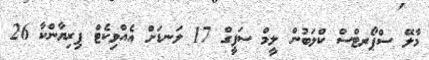
މާލޭ ސްޕޯރޓްސް ކްލަބުން ލީމް ސަފީގް 17 ލަނޑަށް އެއްވިކެޓް ޕިރިޔާންކާ 26